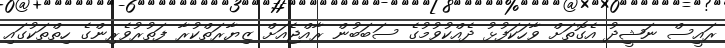
ރައީސް ނަޝީދު އެގޮތަށް ވާހަކަފުޅު ދެއްކުވުމުގެ ސަބަބުން ރާއްޖެއަށް ޒިޔާރަތްކުރާ ފަތުރުވެރިންގެ ހިތްތަކުގައި